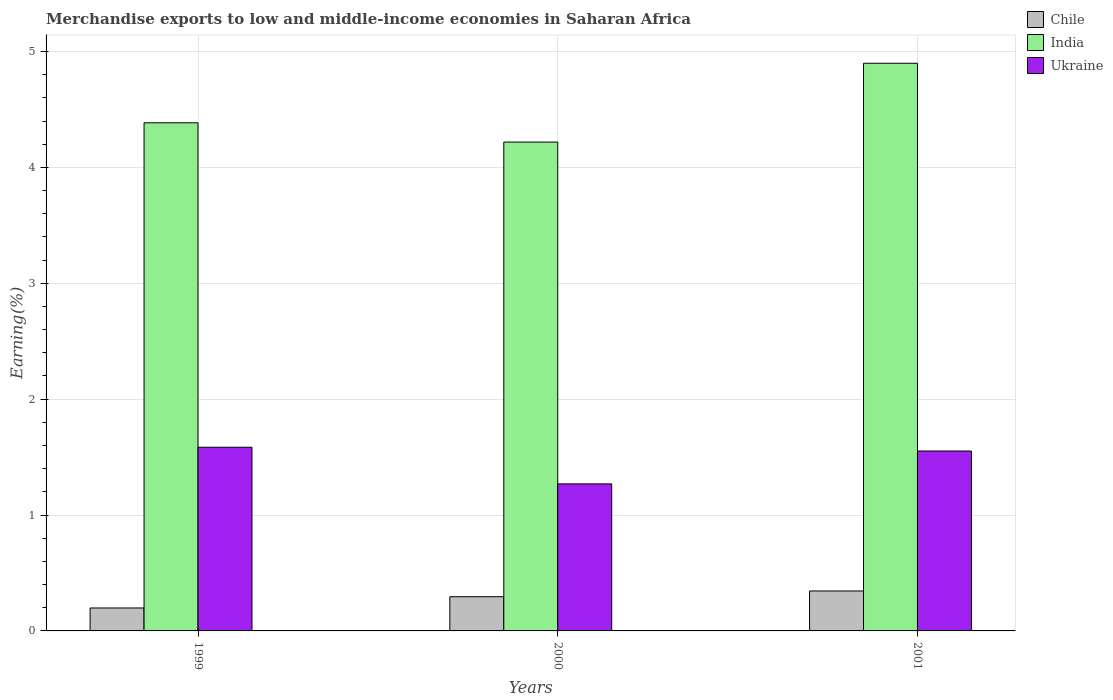
| Years | Chile | India | Ukraine |
 | --- | --- | --- | --- |
 | 1999 | 0.198 | 4.39 | 1.59 |
 | 2000 | 0.295 | 4.22 | 1.27 |
 | 2001 | 0.345 | 4.9 | 1.55 |